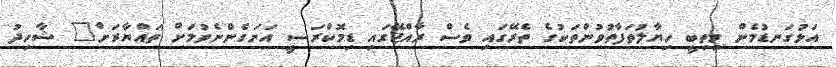
އަޅުގަނޑުމެން މިތިބީ ހިޔާލުތަފާތުވުންތަކުގެ ތެރޭގައި ވެސް ރާއްޖޭގައި ޑިމޮކްރަސީ އަށަގެންނެވުމަށް ތައްޔާރަށް" ޝާހިދު